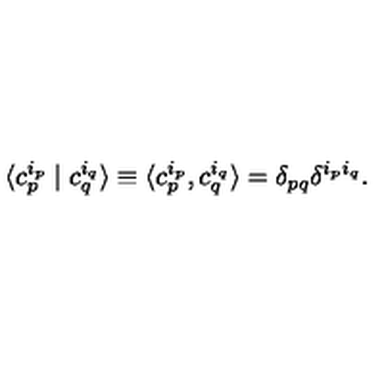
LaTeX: \langle c _ { p } ^ { i _ { p } } \mid c _ { q } ^ { i _ { q } } \rangle \equiv \langle c _ { p } ^ { i _ { p } } , c _ { q } ^ { i _ { q } } \rangle = \delta _ { p q } \delta ^ { i _ { p } i _ { q } } .